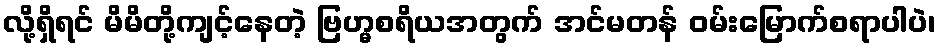
လို့ရှိရင် မိမိတို့ကျင့်နေတဲ့ ဗြဟ္မစရိယအတွက် အင်မတန် ဝမ်းမြောက်စရာပါပဲ၊